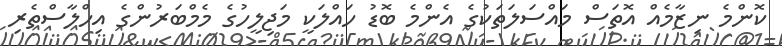
ކޮންމެ ނިޒާމެއް އޮތަސް މައްސަލަތަކުގެ އެންމެ ބޮޑު ހައްލަކީ މަޖިލީހުގެ މެމްބަރުންގެ އިހްލާސްތެރި